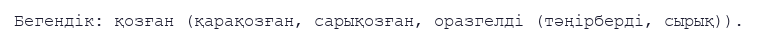
Бегендік: қозған (қарақозған, сарықозған, оразгелді (тәңірберді, сырық)).